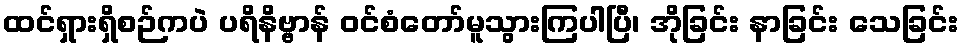
ထင်ရှားရှိစဉ်ကပဲ ပရိနိဗ္ဗာန် ဝင်စံတော်မူသွားကြပါပြီ၊ အိုခြင်း နာခြင်း သေခြင်း